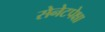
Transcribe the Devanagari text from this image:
सेनेटपेक्षा